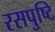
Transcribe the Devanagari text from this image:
रसपुष्टि